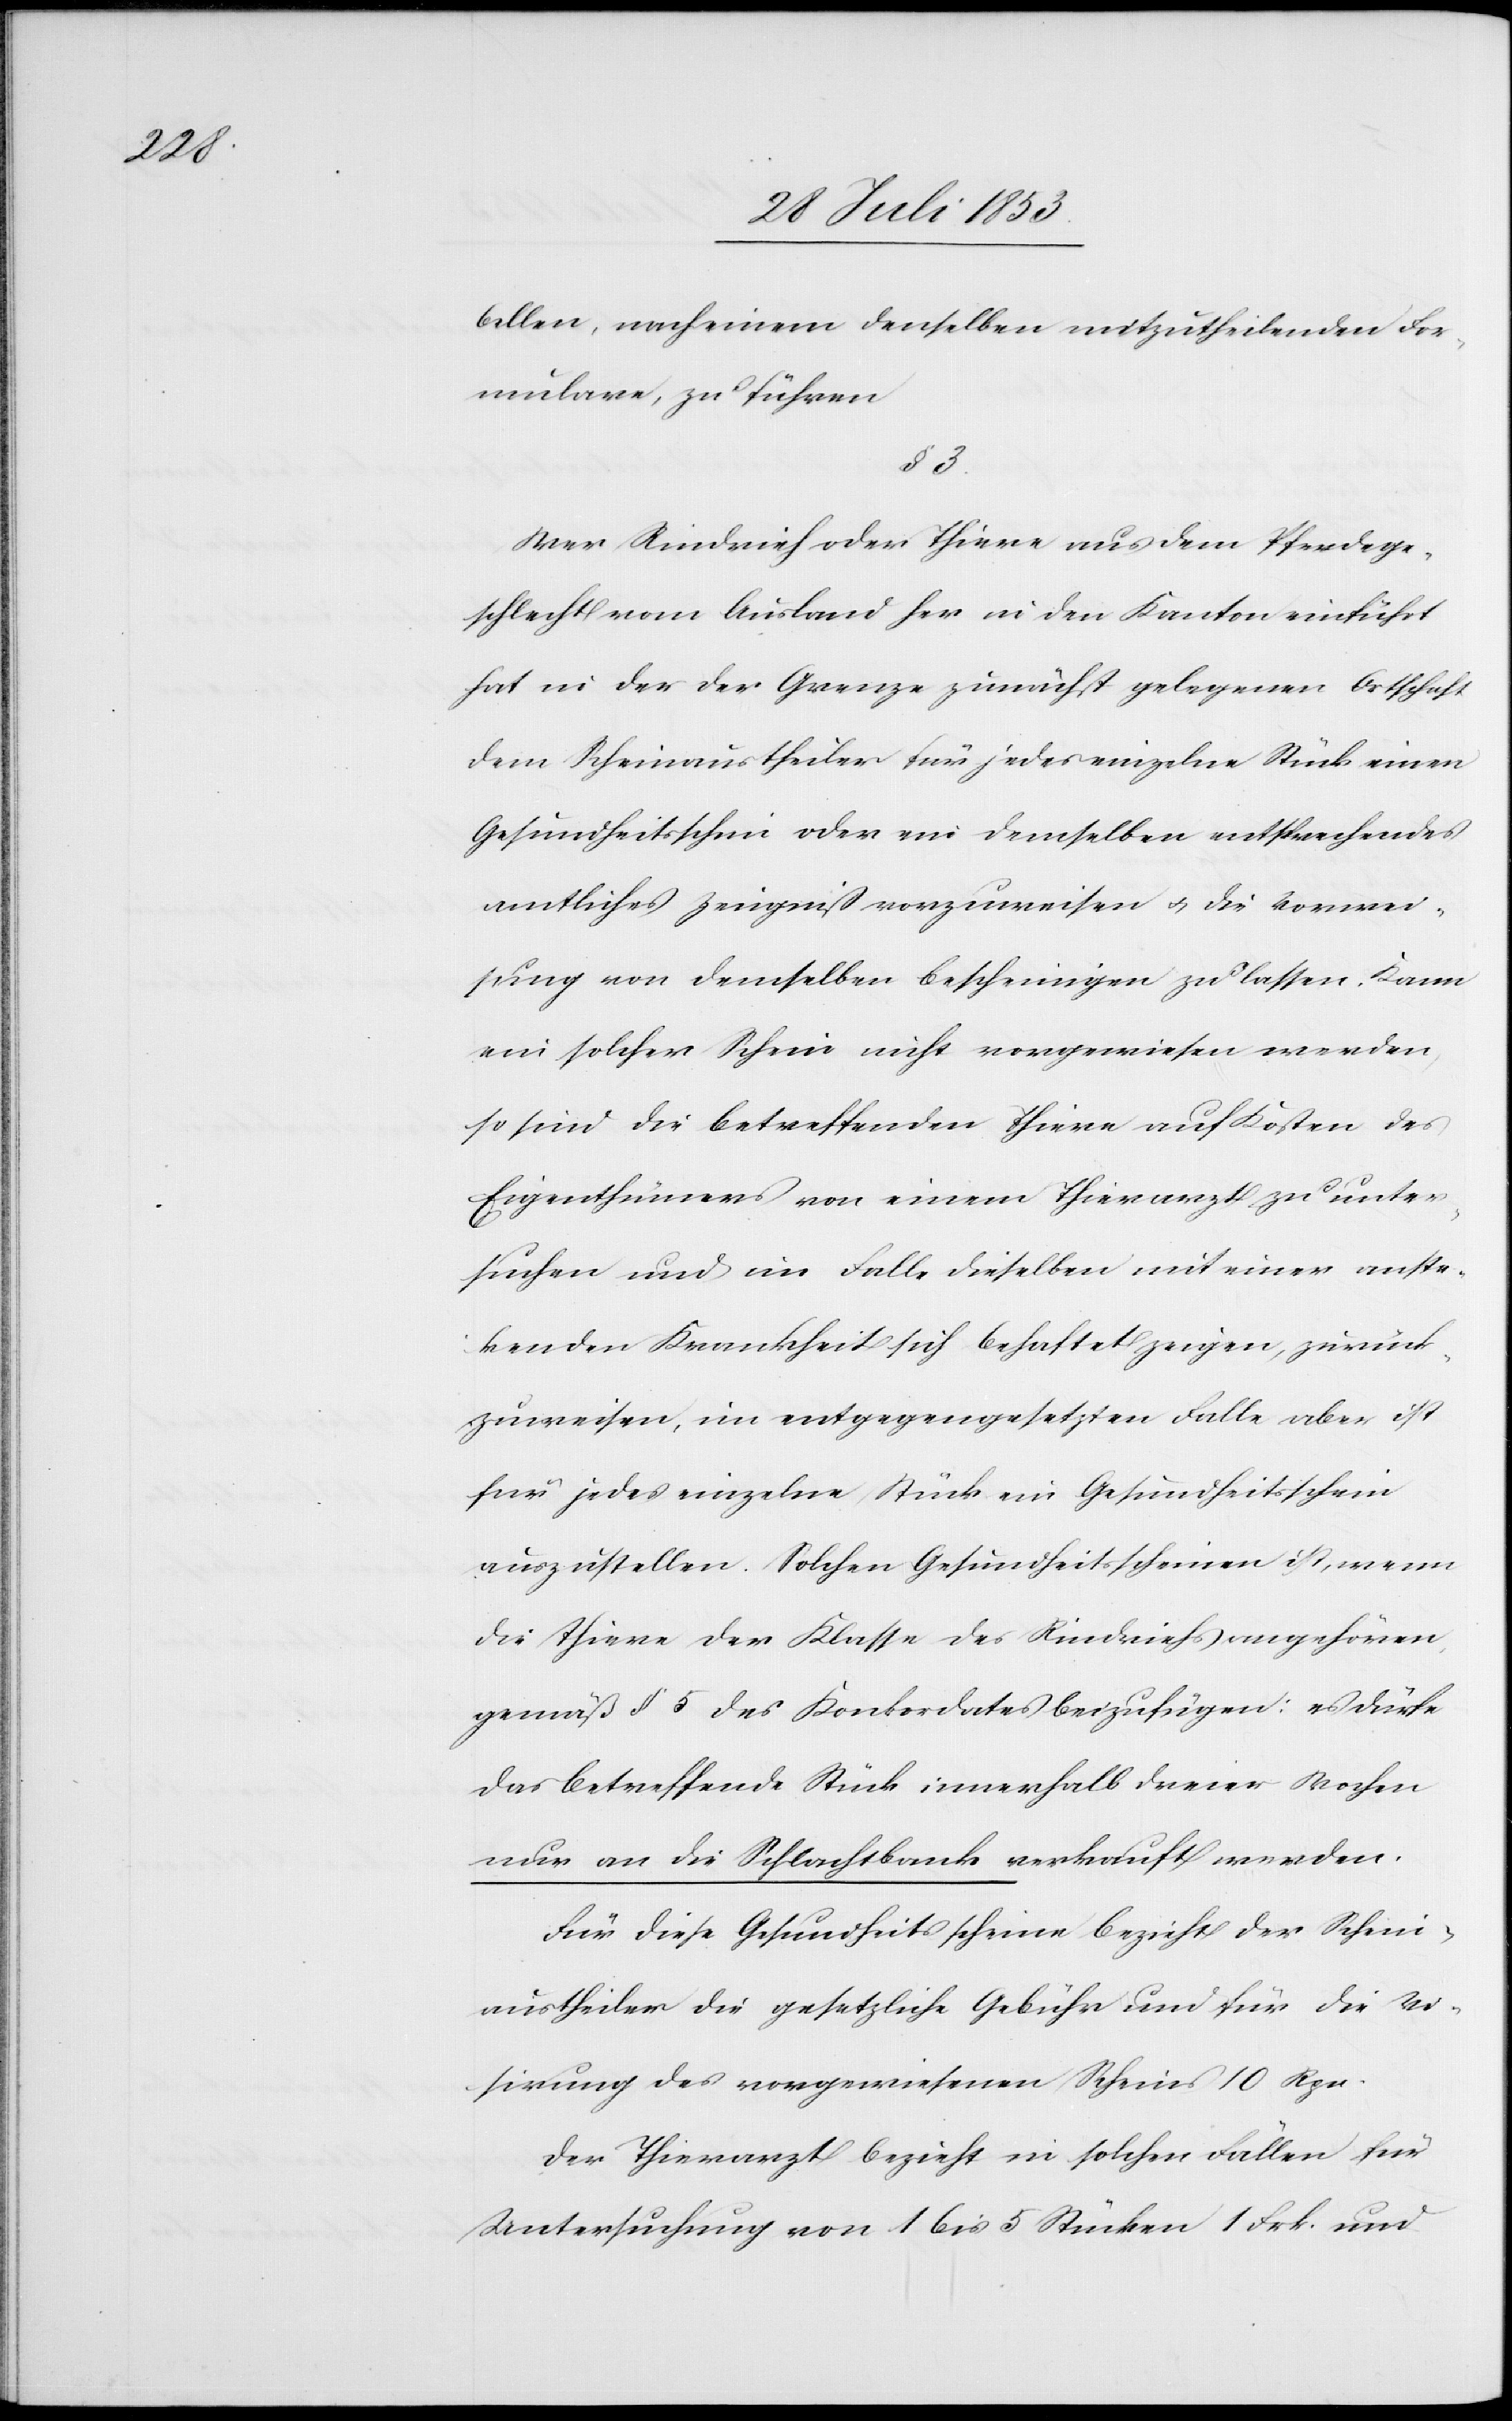
bellen, nach einem denselben mitzutheilenden For¬
mulare, zu führen
§ 3.
Wer Rindvieh oder Thiere aus dem Pferdege¬
schlecht vom Ausland her in den Kanton einführt
hat in der der Grenze zunächst gelegenen Ortschaft
dem Scheinaustheiler für jedes einzelne Stück einen
Gesundheitsschein oder ein demselben entsprechendes
amtliches Zeugniß vorzuweisen u. die Verwend¬
ung von demselben bescheinigen zu lassen. Kann
ein solcher Schein nicht vorgewiesen werden,
so sind die betreffenden Thiere auf Kosten des
Eigenthümers von einem Thierarzt zu unter¬
suchen und im Falle dieselben mit einer anste¬
ckenden Krankheit sich behaftet zeigen, zurück¬
zuweisen, im entgegengesetzten Falle aber ist
für jedes einzelne Stück ein Gesundheitsschein
auszustellen. Solchen Gesundheitsscheinen ist, wenn
die Thiere der Klasse des Rindviehs angehören
gemäß § 5 des Konkordates beizufügen: es dürfe
das betreffende Stück innerhalb dreier Wochen
nur an die Schlachtbank verkauft werden.
Für diese Gesundheitsscheine bezieht der Schein¬
austheiler die gesetzliche Gebühr und für die Vi¬
sirung des vorgewiesenen Scheins 10 Rpn.
Der Thierarzt bezieht in solchen Fällen für
Untersuchung von 1 bis 5 Stücken 1 Frk. und